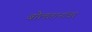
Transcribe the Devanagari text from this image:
बोलतानांवर